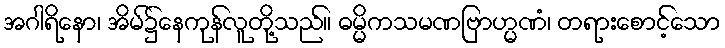
အဂါရိနော၊ အိမ်၌နေကုန်လူတို့သည်။ ဓမ္မိကသမဏဗြာဟ္မဏံ၊ တရားစောင့်သော